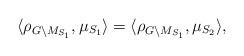
LaTeX: \begin{align*}{}\langle \rho_{G \setminus M_{S_1}}, \mu_{S_1} \rangle= \langle \rho_{G \setminus M_{S_1}}, \mu_{S_2} \rangle,\end{align*}